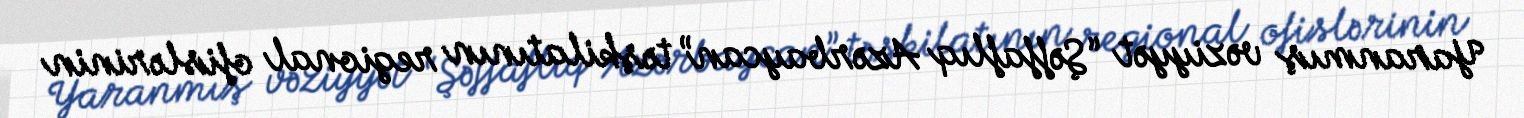
Yaranmış vəziyyət “Şəffaflıq Azərbaycan” təşkilatının regional ofislərinin